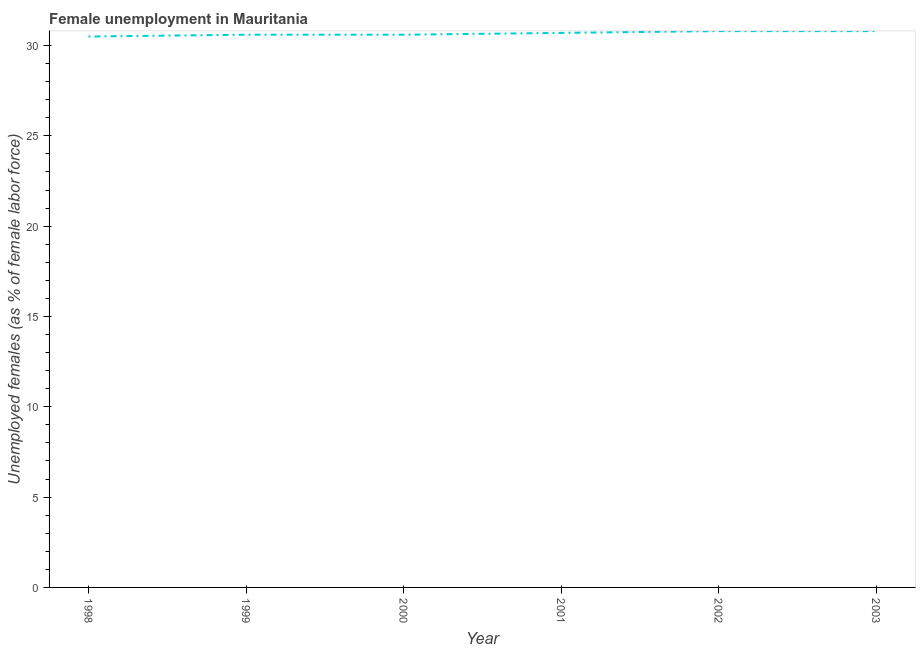
| Year | Unemployment |
 | --- | --- |
 | 1998 | 30.5 |
 | 1999 | 30.6 |
 | 2000 | 30.6 |
 | 2001 | 30.7 |
 | 2002 | 30.8 |
 | 2003 | 30.8 |